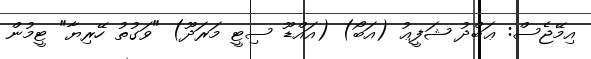
އިމޭޖެސް: ޢަބްދު ޝަފީޢު (އަބޯ) (އައްޑޫ ސިޓީ މަރަދޫ) "ވަގުތު ހޭރިޔާ" ޓީމުން